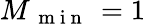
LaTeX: M_{\mathrm{~\mathrm{~m~i~n~}~}}=1